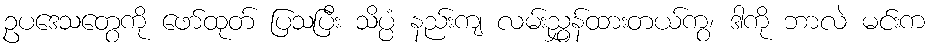
ဥပဒေသတွေကို ဖော်ထုတ် ပြသပြီး သိပ္ပံ နည်းကျ လမ်းညွှန်ထားတယ်ကွ၊ ဒါကို ဘာလဲ မင်းက